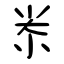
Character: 尜